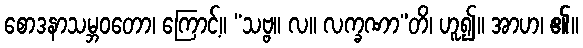
စောဒနာသမ္ဘဝတော၊ ကြောင့်။ “သဗ္ဗ။ လ။ လက္ခဏာ”တိ၊ ဟူ၍။ အာဟ၊ ၏။